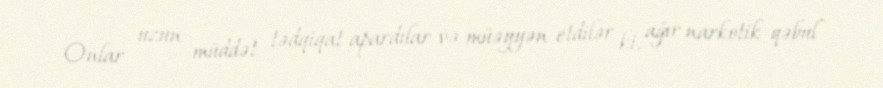
Onlar uzun müddət tədqiqat apardılar və müəyyən etdilər ki, ağır narkotik qəbul